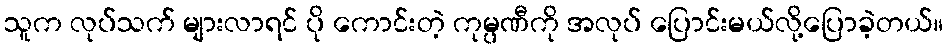
သူက လုပ်သက် များလာရင် ပို ကောင်းတဲ့ ကုမ္ပဏီကို အလုပ် ပြောင်းမယ်လို့ပြောခဲ့တယ်။